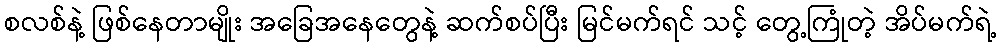
စလစ်နဲ့ ဖြစ်နေတာမျိုး အခြေအနေတွေနဲ့ ဆက်စပ်ပြီး မြင်မက်ရင် သင့် တွေ့ကြုံတဲ့ အိပ်မက်ရဲ့